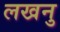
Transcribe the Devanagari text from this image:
लखनु